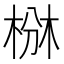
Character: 椕